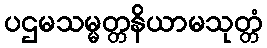
ပဌမသမ္မတ္တနိယာမသုတ္တံ